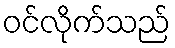
ဝင်လိုက်သည်